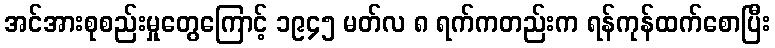
အင်အားစုစည်းမှုတွေကြောင့် ၁၉၄၅ မတ်လ ၈ ရက်ကတည်းက ရန်ကုန်ထက်စောပြီး